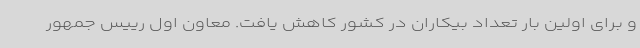
و برای اولین بار تعداد بیکاران در کشور کاهش یافت. معاون اول رییس جمهور